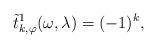
LaTeX: \begin{align*} \tilde{t}_{k,\varphi}^1(\omega, \lambda) = (-1)^k,\end{align*}